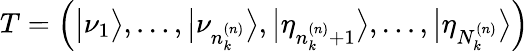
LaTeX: T=\left(\big\vert\nu_{1}\big\rangle,\ldots,\big\vert\nu_{n_{k}^{\left(n\right)}}\big\rangle,\big\vert\eta_{n_{k}^{\left(n\right)}+1}\big\rangle,\ldots,\big\vert\eta_{N_{k}^{\left(n\right)}}\big\rangle\right)